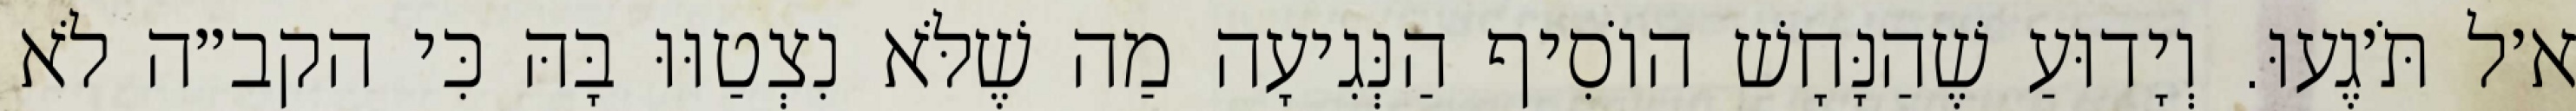
א׳ל תֹּ׳גֶעוּ. וְיָדוּעַ שֶׁהַנָּחָשׁ הוֹסִיף הַנְּגִיעָה מַה שֶׁלֹּא נִצְטַוּוּ בָּהּ כִּי הקב״ה לֹא